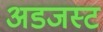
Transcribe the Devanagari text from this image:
अडजस्ट